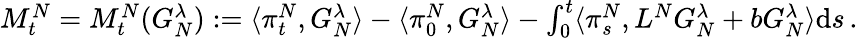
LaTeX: \begin{array}{r}{M_{t}^{N}=M_{t}^{N}(G_{N}^{\lambda}):=\langle\pi_{t}^{N},G_{N}^{\lambda}\rangle-\langle\pi_{0}^{N},G_{N}^{\lambda}\rangle-\int_{0}^{t}\langle\pi_{s}^{N},L^{N}G_{N}^{\lambda}+bG_{N}^{\lambda}\rangle\mathrm{d}s\, .}\end{array}